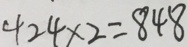
4 2 4 \times 2 = 8 4 8